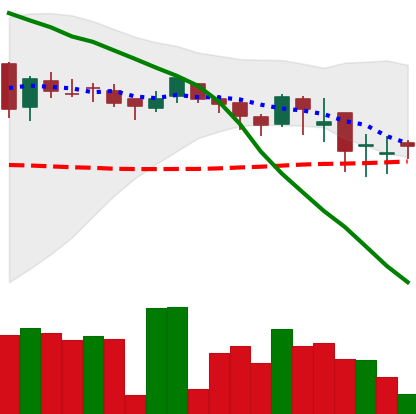
Ticker: DOGE-USD
Chart end date: 2018-05-14
Forward return: -3.901%
Label: down_3_5